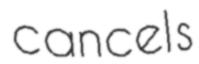
cancels